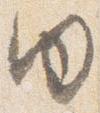
内